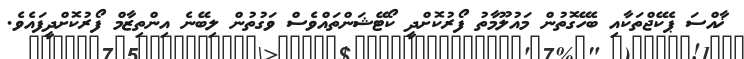
ޚާއްސަ ޕެކޭޖްތަކާއި ބެހޭގޮތުން މައުލޫމާތު ފޯރުކޮށްދީ ކޯޓޭޝަންތައްވެސް ވަގުތުން ލިބޭނެ އިންތިޒާމް ފޯރުކޮށްދީފައެވެ.